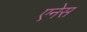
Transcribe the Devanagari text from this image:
एनेस